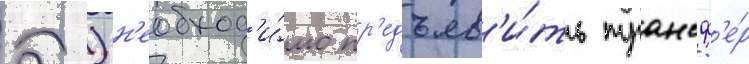
Д.) н'еобход'и́мо пр'едъяв'и́ть трансф'е́р